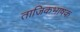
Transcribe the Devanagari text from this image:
ताजिकभाषक